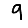
Digit: 9